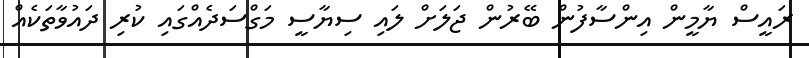
ރައީސް ޔާމީން އިިންސާފުން ބޭރުން ޖަލަށް ލައި ސިޔާސީ މަގްސަދެއްގައި ކުރި ދައުވާތަކެއް